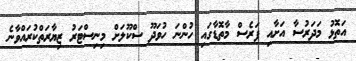
އަތޮޅު މަދަރުސާ އަށާއި ފަރެސް މާތޮޑާގައި ހުންނަ ހުވަދޫ ސްކޫލަށް މިނިސްޓަރު ޒިޔާރަތްކުރައްވާނެ